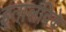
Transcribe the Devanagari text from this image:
इतालविके